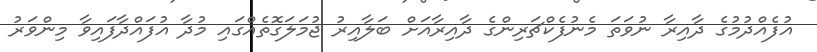
އުފެއްދުމުގެ ދާއިރާ ނުވަތަ މެނުފެކްޗަރިންގެ ދާއިރާއަށް ބަލާއިރު ޖުމަލަގޮތެއްގައި މުދާ އުފައްދާފައިވާ މިންވަރު